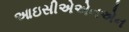
આઇસીએએનએન